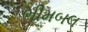
ભીમબલ